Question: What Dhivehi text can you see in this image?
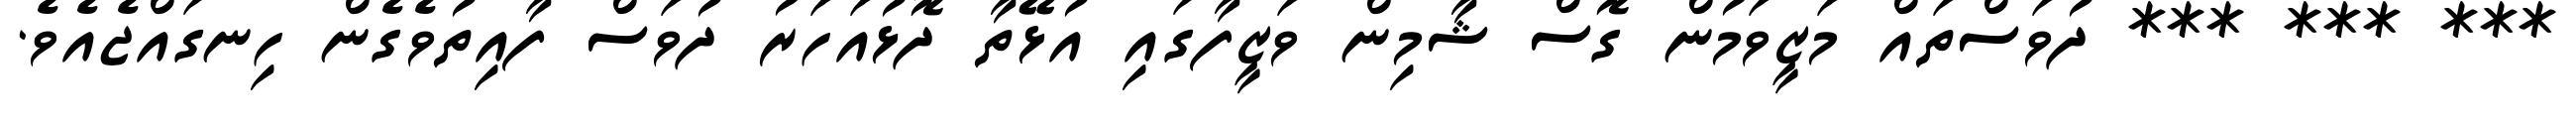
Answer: *** *** *** ދުވަސްތައް މަޒީވަމުން ގޮސް ޝާމިން ވަޒީފާގައި އުޅޭތާ ދޮޅުއަހަރު ދުވަސް ފާއިތުވެގެން ހިނގައްޖެއެވެ.